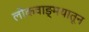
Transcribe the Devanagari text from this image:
लोकवाङ्मयातून